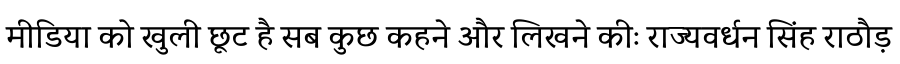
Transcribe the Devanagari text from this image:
मीडिया को खुली छूट है सब कुछ कहने और लिखने कीः राज्यवर्धन सिंह राठौड़